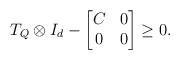
LaTeX: \begin{align*}T_Q \otimes I_d - \begin{bmatrix} C & 0\\ 0 & 0 \end{bmatrix} \geq 0.\end{align*}